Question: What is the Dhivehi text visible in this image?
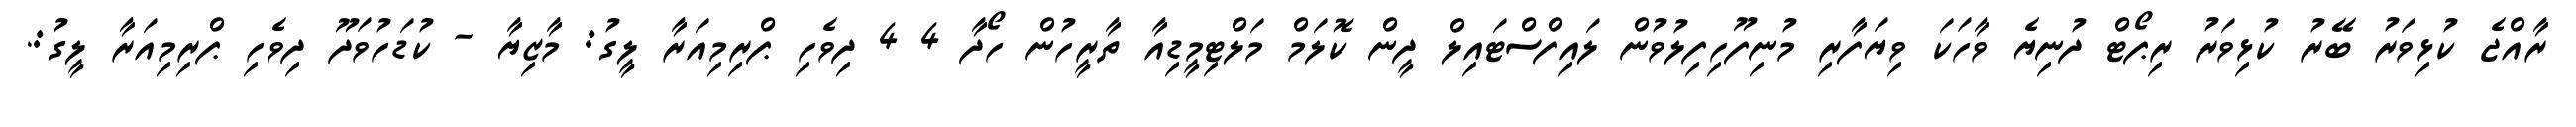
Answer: ރާއްޖެ ކުޅިވަރު ބޭރު ކުޅިވަރު ރިޕޯޓް ދުނިޔެ ވާހަކަ ވިޔަފާރި މުނިފޫހިފިލުވުން ލައިފްސްޓައިލް ދީން ކޮލަމް މަލްޓިމީޑިއާ ތާރީހުން ހޯދާ 4 4 ދިވެހި ޕްރިމިއަރާ ލީގު: މާޒިޔާ - ކުޑަހުވަދޫ ދިވެހި ޕްރިމިއަރާ ލީގު:.